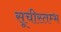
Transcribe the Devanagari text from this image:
सूचीस्तम्भ